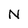
Character: N